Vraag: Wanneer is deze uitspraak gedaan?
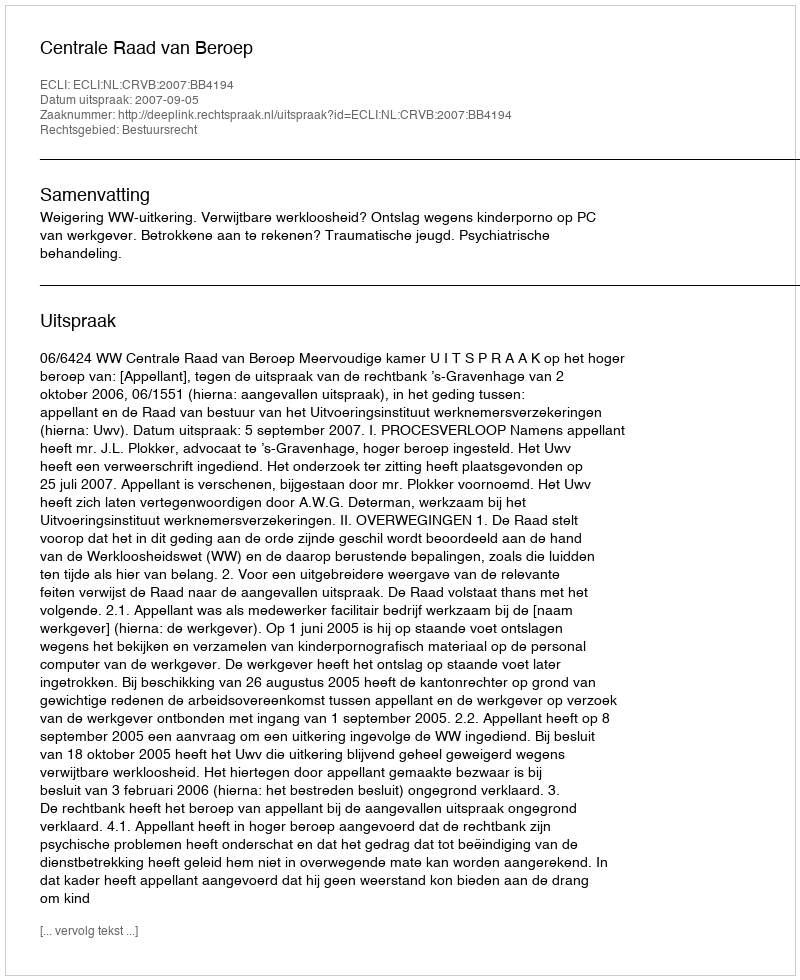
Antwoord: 2007-09-05